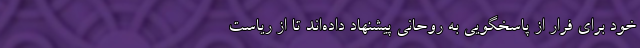
خود برای فرار از پاسخگویی به روحانی پیشنهاد داده‌اند تا از ریاست‌